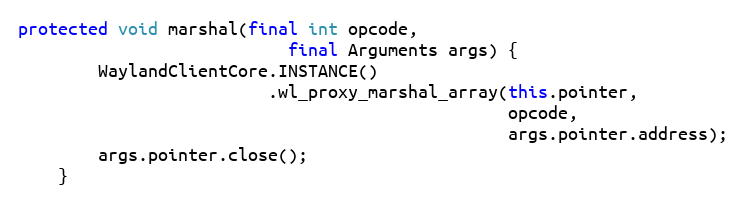
Language: Java
protected void marshal(final int opcode,
                           final Arguments args) {
        WaylandClientCore.INSTANCE()
                         .wl_proxy_marshal_array(this.pointer,
                                                 opcode,
                                                 args.pointer.address);
        args.pointer.close();
    }